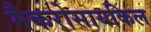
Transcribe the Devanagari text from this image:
मैकरोसायकिल